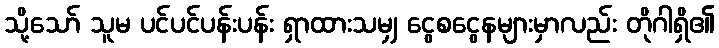
သို့သော် သူမ ပင်ပင်ပန်းပန်း ရှာထားသမျှ ငွေစငွေနများမှာလည်း တိုဂါရှိ၏